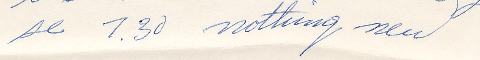
se 7.30 nothing new